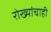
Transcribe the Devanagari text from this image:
रोख्यांचाही